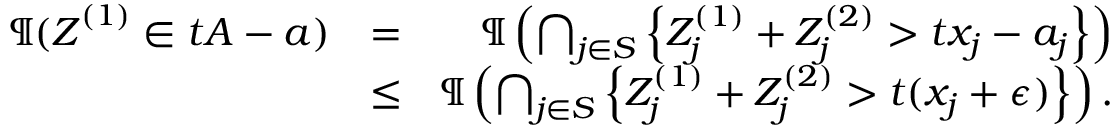
\begin{array} { r l r } { \P ( \boldsymbol Z ^ { ( 1 ) } \in t A - \boldsymbol a ) } & { = } & { \P \left( \bigcap _ { j \in S } \left\{ Z _ { j } ^ { ( 1 ) } + Z _ { j } ^ { ( 2 ) } > t x _ { j } - a _ { j } \right\} \right) } \\ & { \leq } & { \P \left( \bigcap _ { j \in S } \left\{ Z _ { j } ^ { ( 1 ) } + Z _ { j } ^ { ( 2 ) } > t ( x _ { j } + \epsilon ) \right\} \right) . } \end{array}